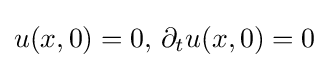
u(x,0)=0,\,\partial _{t}u(x,0)=0